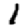
Digit: 1